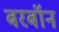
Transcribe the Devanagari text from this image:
बरबॉन